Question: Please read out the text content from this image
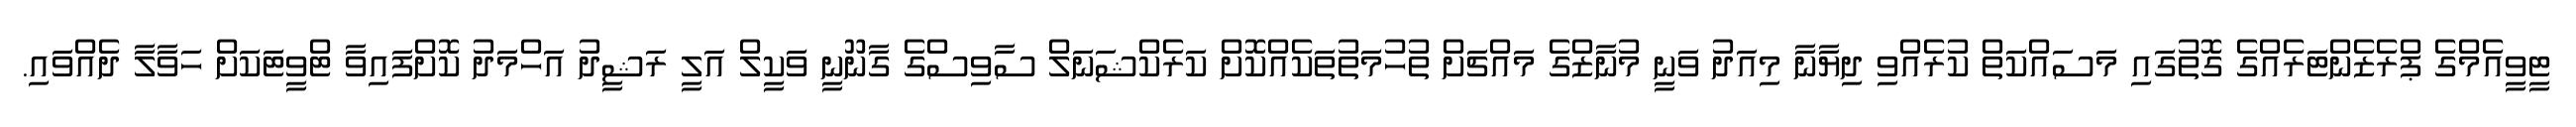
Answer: ޓީވީއެމްގެ ޕްރެޒެންޓަރެއްގެ ގޮތުގައި މަސައްކަތް ކުރެއްވި ދިޔާނާ މިއަދު ވަނީ މުނާޒްގެ މައްޗަށް ތުހުމަތުތަކެއްކޮށް ކަރެކްޝަނަލް ސާވިސްގެ ގާނޫނީ ވަކީލް އަލީ ރަޝީދު އަހްމަދު ކޮށްފައިވާ ޓްވީޓަކަށް ހަވާލާ ދެއްވައި.